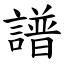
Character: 譜